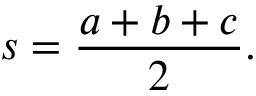
s = { \frac { a + b + c } { 2 } } .